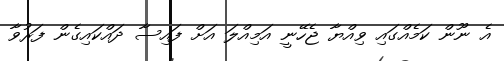
އެ ނޫން ކަމެއްގައި ވިއްޔާ ޖެހޭނީ އަމިއްލަ އަށް ފައިސާ ދައްކައިގެން ފަރުވާ